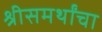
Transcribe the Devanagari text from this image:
श्रीसमर्थांचा